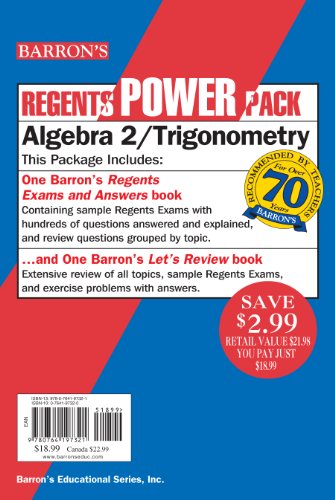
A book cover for Algebra 2/Trigonometry Power Pack (Regents Power Packs); Meg Clemens; Test Preparation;